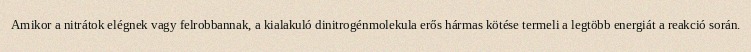
Amikor a nitrátok elégnek vagy felrobbannak, a kialakuló dinitrogénmolekula erős hármas kötése termeli a legtöbb energiát a reakció során.